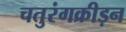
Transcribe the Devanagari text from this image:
चतुरंगक्रीड़न